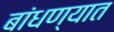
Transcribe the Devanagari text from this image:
बांधण्‍यात